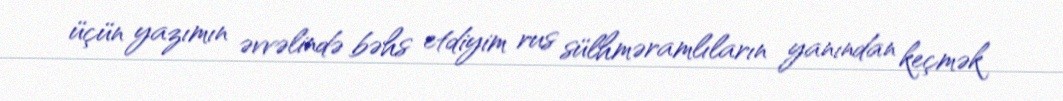
üçün yazımın əvvəlində bəhs etdiyim rus sülhməramlıların yanından keçmək